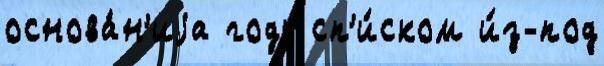
основа́н'иjа году сп'и́ском и́з-под